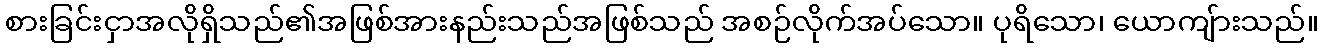
စားခြင်းငှာအလိုရှိသည်၏အဖြစ်အားနည်းသည်အဖြစ်သည် အစဉ်လိုက်အပ်သော။ ပုရိသော၊ ယောကျ်ားသည်။